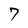
Character: 7